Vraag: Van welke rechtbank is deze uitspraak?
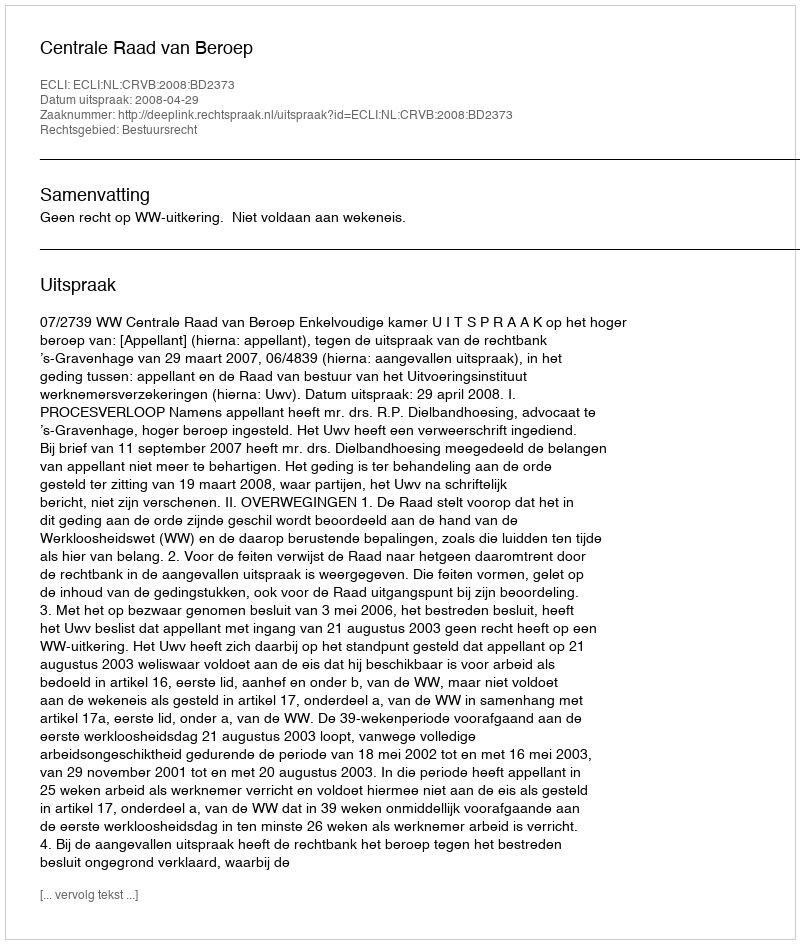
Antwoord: Centrale Raad van Beroep